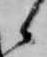
候